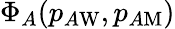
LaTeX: \Phi_{A}(p_{A\mathrm{W}},p_{A\mathrm{M}})